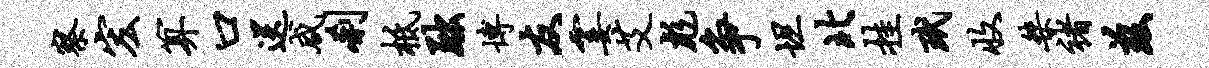
察宏算口送咸刹柢黜博友霎艾彪争坦北挂玳收桀褚兹